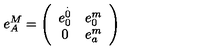
e _ { A } ^ { M } = \left( \begin{array} { c c } { e _ { 0 } ^ { \stackrel { . } { 0 } } } & { e _ { 0 } ^ { m } } \\ { 0 } & { e _ { a } ^ { m } } \\ \end{array} \right)